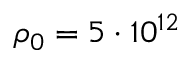
\rho _ { 0 } = 5 \cdot 1 0 ^ { 1 2 }